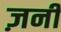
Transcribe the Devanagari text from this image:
ज़नी